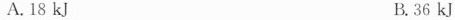
A.18kJ B.36kJ